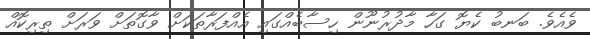
ވެއެވެ. ބަނބު ކެޔޮ ގަހާ މާދުރުނޫން ހިސާބެއްގައި އެއްފަރާތަކަށް ވާގޮތަށް ވަރަށް ތިރިކޮއް